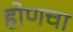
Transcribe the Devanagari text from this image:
होणचा